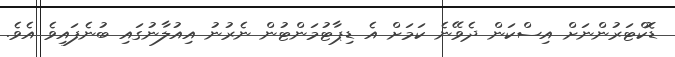
ޑޮކްޓަރުންނަށް އިސްކަން ދެވޭނެ ކަމަށް އެ ޑިޕާޓުމަންޓުން ނެރުނު އިއުލާނުގައި ބުނެފައިވެ އެވެ.